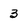
Character: 3